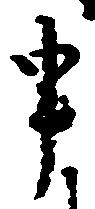
申